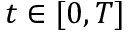
t \in [ 0 , T ]